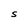
Character: S